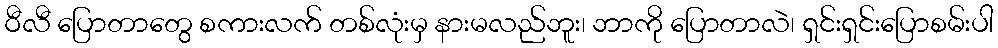
ဝီလီ ပြောတာတွေ စကားလက် တစ်လုံးမှ နားမလည်ဘူး၊ ဘာကို ပြောတာလဲ၊ ရှင်းရှင်းပြောစမ်းပါ